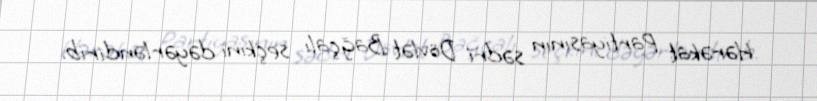
Hərəkat Partiyasının sədri Dövlət Bağçalı seçkini dəyərləndirib.